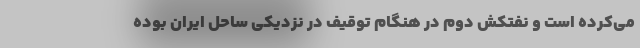
می‌کرده است و نفتکش‌ دوم در هنگام توقیف در نزدیکی ساحل ایران بوده